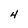
Character: 4